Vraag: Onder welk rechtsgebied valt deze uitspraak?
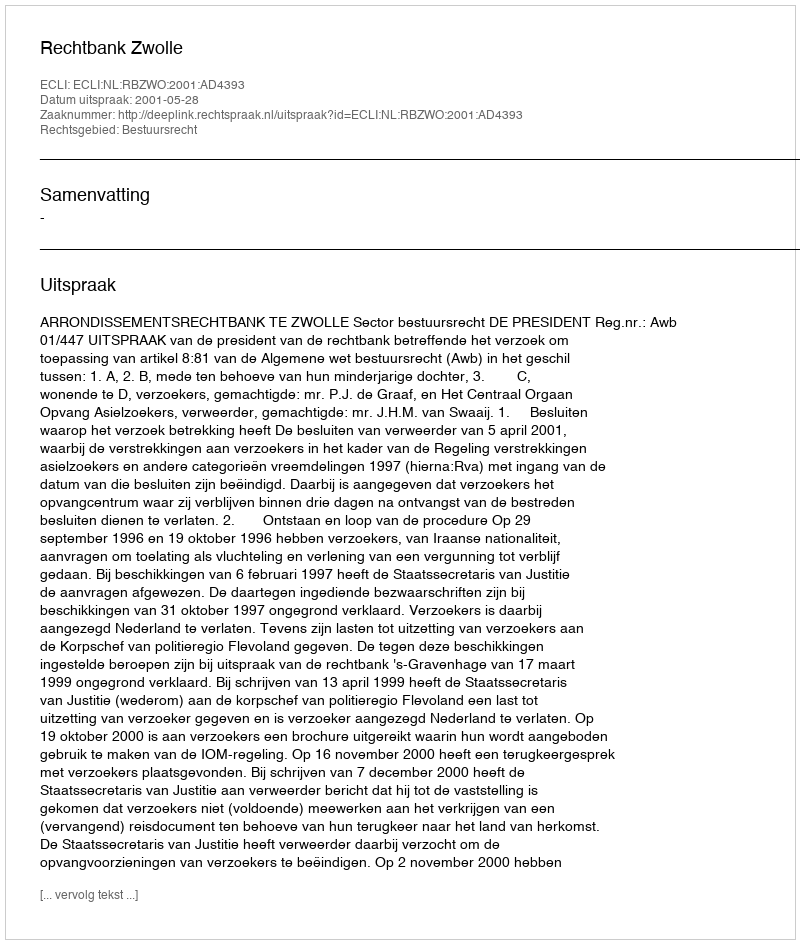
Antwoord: Bestuursrecht